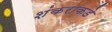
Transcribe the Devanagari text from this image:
शंकराकडे